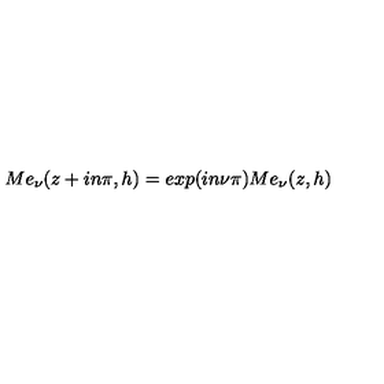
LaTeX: M e _ { \nu } ( z + i n \pi , h ) = e x p ( i n \nu \pi ) M e _ { \nu } ( z , h )